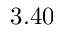
3 . 4 0